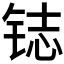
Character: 𲇽